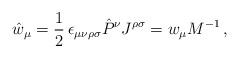
LaTeX: \begin{align*}\hat{w}_{\mu}=\frac{1}{2}\,\epsilon_{\mu \nu \rho \sigma}\hat{P}^{\nu}J^{\rho \sigma}=w_{\mu}M^{-1} \, ,\end{align*}